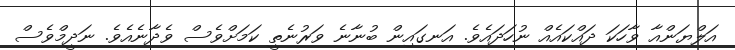
އަލްޔަންއާ ވާހަކަ ދައްކައެއް ނުހަދައެވެ. އަނގައިން ބުނާނެ ވަރުނެތީ ކަމަށްވެސް ވެދާނެއެވެ. ނަދީމްވެސް